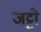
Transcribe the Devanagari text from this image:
जट्टो